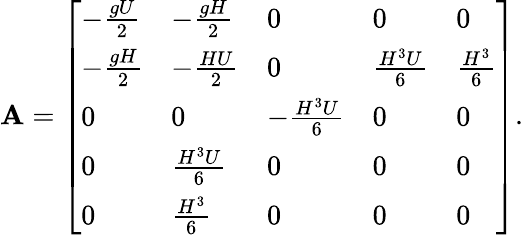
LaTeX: \mathbf{A}=\left[\begin{array}{lllll}{-\frac{gU}{2}}&{-\frac{gH}{2}}&{0}&{0}&{0}\\ {-\frac{gH}{2}}&{-\frac{HU}{2}}&{0}&{\frac{H^{3}U}{6}}&{\frac{H^{3}}{6}}\\ {0}&{0}&{-\frac{H^{3}U}{6}}&{0}&{0}\\ {0}&{\frac{H^{3}U}{6}}&{0}&{0}&{0}\\ {0}&{\frac{H^{3}}{6}}&{0}&{0}&{0}\end{array}\right].